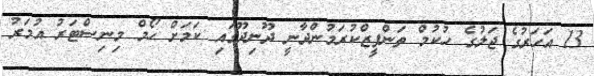
13 އަހަރުގެ ޖަލުގެ ހުކުމް ތަންފީޒްކުރަމުންދާނީ ދޫނިދޫގައި ކަމަށް ހޯމް މިނިސްޓަރު އުމަރު